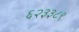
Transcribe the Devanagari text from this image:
६२३३८९